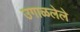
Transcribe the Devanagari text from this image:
उगाळलेले